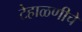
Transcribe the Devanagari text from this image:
टेहाळणीचे